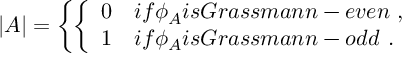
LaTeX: | A | = \left\{ \left\{ \begin{array} { l l } { { 0 } } & { { i f \phi _ { A } i s G r a s s m a n n - e v e n \ , } } \\ { { 1 } } & { { i f \phi _ { A } i s G r a s s m a n n - o d d \ . } } \end{array} \right. \right.